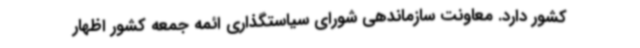
کشور دارد. معاونت سازماندهی شورای سیاستگذاری ائمه جمعه کشور اظهار